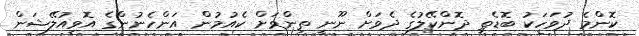
ކޮންމެ ދުވަހަކު ބޮޑެތި ދޮންކޭލުގެ ދެވަށް ނޫނީ ތިންވަށް ކެއުމުން އަންހެނުންގެ އޮވިއުލޭޝަން